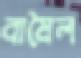
বামৈল